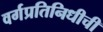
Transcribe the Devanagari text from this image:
वर्गप्रतिनिधीची